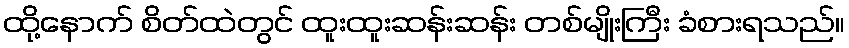
ထို့နောက် စိတ်ထဲတွင် ထူးထူးဆန်းဆန်း တစ်မျိုးကြီး ခံစားရသည်။